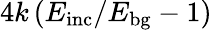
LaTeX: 4k\, (E_{\mathrm{inc}}/E_{\mathrm{bg}}-1)